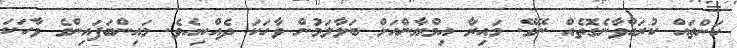
ކަންތައް ކުރައްވާނެގޮތެއް ނޭގޭ. މައިރާ އިމްޔާންއަށް ބަލާލަމުން ވާހަކަ ދެއްކިއެވެ. މައިންބަފައިންގެ ވާހަކަ